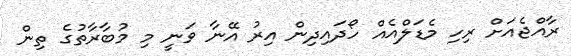
ރާއްޖެއަށް ރިހި މެޑަލްއެއް ހޯދައިދިން އިރު އޭނާ ވަނީ މި މުބާރާތުގެ ތިން